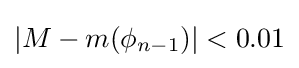
|M-m(\phi _{n-1})|<0.01